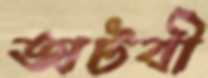
অটবী